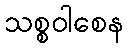
သစ္စဝါစေန